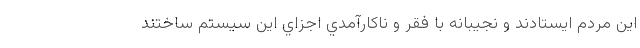
اين مردم ايستادند و نجيبانه با فقر و ناكارآمدي اجزاي اين سيستم ساختند